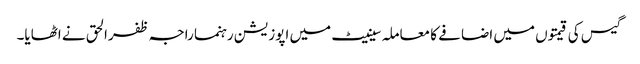
گیس کی قیمتوں میں اضافے کا معاملہ سینیٹ میں اپوزیشن رہنما راجہ ظفرالحق نے اٹھایا۔